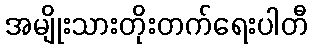
အမျိုးသားတိုးတက်ရေးပါတီ